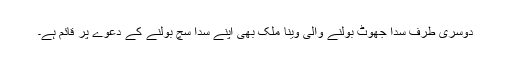
دوسری طرف سدا جھوٹ بولنے والی وینا ملک بھی اپنے سدا سچ بولنے کے دعوے پر قائم ہے۔